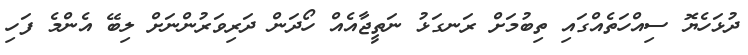
ދުޅަހެޔޮ ސިއްހަތެއްގައި ތިބުމަށް ރަނގަޅު ނަތީޖާއެއް ހޯދަން ދަރިވަރުންނަށް ލިބޭ އެންމެ ފަހި